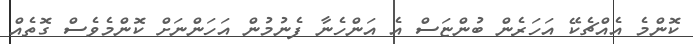
ކޮންމެ އެއްޗެކޭ އަހަރެން ބުންޏަސް އެ އަންހެނާ ފެނުމުން އަހަންނަށް ކޮންމެވެސް ގޮތެއް